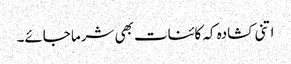
اتنی کشادہ کہ کائنات بھی شرما جائے۔